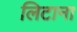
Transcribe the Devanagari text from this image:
लिटाना